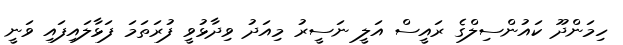
ހިމަންދޫ ކައުންސިލްގެ ރައީސް އަލީ ނަސީރު މިއަދު ވިދާޅުވީ ފުރަތަމަ ފަޅާލައިފައި ވަނީ